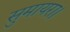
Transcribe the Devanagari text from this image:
सुमायरा।